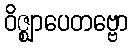
ဝိဇ္ဈာပေတဗ္ဗော